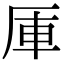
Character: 厙